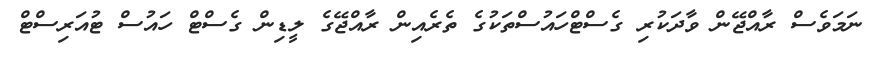
ނަމަވެސް ރާއްޖޭން ވާދަކުރި ގެސްޓްހައުސްތަކުގެ ތެރެއިން ރާއްޖޭގެ ލީޑިން ގެސްޓް ހައުސް ޓުއަރިސްޓް